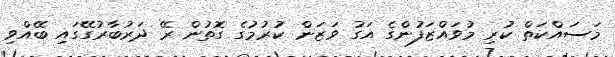
މަސައްކަތް ކުރި މުވައްޒަފުންގެ އަގު ވަޒަން ކުރުމުގެ ގޮތުން ރޭ ދަރުބާރުގޭގައި ބޭއްވި